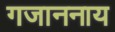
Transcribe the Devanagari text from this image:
गजाननाय